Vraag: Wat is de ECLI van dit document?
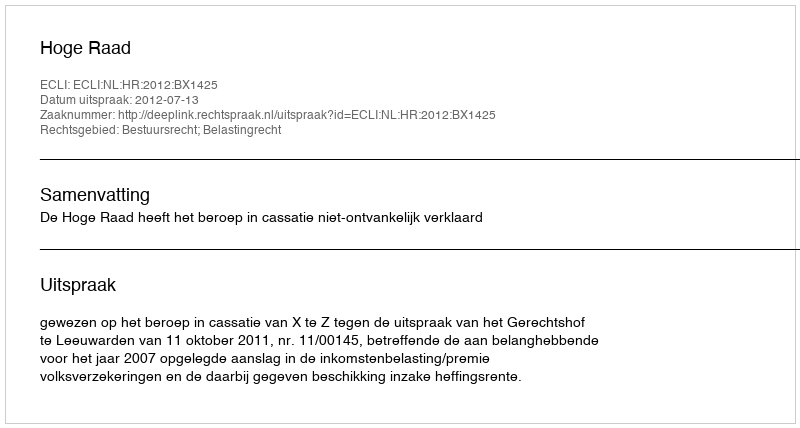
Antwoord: ECLI:NL:HR:2012:BX1425